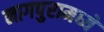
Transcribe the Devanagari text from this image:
नागपुरामध्ये